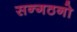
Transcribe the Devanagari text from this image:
सन्गठनो